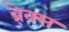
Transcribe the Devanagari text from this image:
ब्रे़क्स